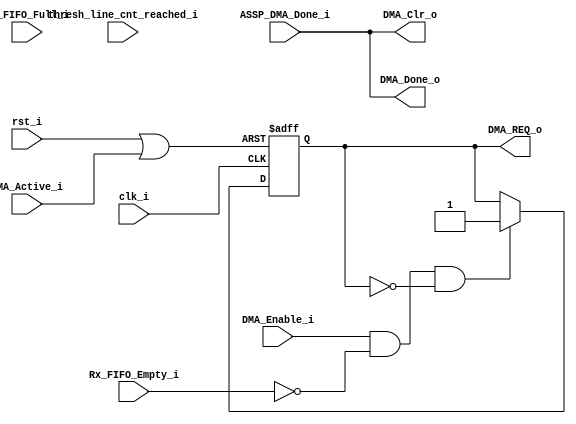
// -----------------------------------------------------------------------------
// title          : AL4S3B Fabric In VGA sample IP Module
// project        : Tamar2 Device
// -----------------------------------------------------------------------------
// company        : QuickLogic Corp
// last update    : 2017/11/08
// platform       : ArcticLink 4 S3B
// standard       : Verilog 2001
// -----------------------------------------------------------------------------
// description: 
// -----------------------------------------------------------------------------
// copyright (c) 2016
// -----------------------------------------------------------------------------
// revisions  :
// date            version    author         description
// 2017/11/08      1.0        Anand Wadke    Initial Release
// -----------------------------------------------------------------------------
// Comments: This solution is specifically for use with the QuickLogic
//           AL4S3B device. 
// -----------------------------------------------------------------------------
//

`timescale 1ns / 10ps
`define NOT_EMPTY_ASSP_CTRL_TRIG

module vga_rx_dma_ctrl ( 
            input  			clk_i	,
            input  			rst_i	,
			
			input           Rx_FIFO_Full_i,
			input           Rx_FIFO_Empty_i,
			//input    [10:0] Rx_FIFO_DAT_CNT_i,
			input           thresh_line_cnt_reached_i,
			
            input  			DMA_Active_i	,
			input           ASSP_DMA_Done_i,
            output 			DMA_Done_o	,
			output          DMA_Clr_o,
            input  			DMA_Enable_i	,
			output 			DMA_REQ_o  	 				
	

			);

reg     dma_req;  
reg     dma_active_i_1ff;
reg     dma_active_i_2ff;
reg     dma_active_i_3ff;

wire    ASSP_done_sample_rst;


assign  DMA_REQ_o = dma_req;

`ifdef NOT_EMPTY_ASSP_CTRL_TRIG
wire dma_reset;
assign dma_reset = rst_i | DMA_Active_i;
always @(posedge clk_i or posedge dma_reset) 
begin
    if (dma_reset)
    begin
        dma_req           <=  1'b0 ;
    end
    else 
    begin 
		if (DMA_Enable_i && ~Rx_FIFO_Empty_i && ~dma_req)
			dma_req           <=  1'b1;
		else 
			dma_req           <=  dma_req;
 	end	
end	

`else
always @(posedge clk_i or posedge rst_i) 
begin
    if (rst_i)
    begin
        dma_req           <=  1'b0 ;
    end
    else 
    begin  
		//if (DMA_Enable_i && (Rx_FIFO_Empty_i==1'b1|| Rx_FIFO_h_Empty_i==1'b1 ))
		if (DMA_Enable_i && (thresh_line_cnt_reached_i==1'b1))
			dma_req           <=  1'b1;
		else if (dma_active_i_3ff)
			dma_req           <=  1'b0;
		else 
			dma_req           <=  dma_req;
 	end
end 
`endif

always @(posedge clk_i or posedge rst_i) 
begin
    if (rst_i)
    begin
		dma_active_i_1ff	<=  1'b0;
		dma_active_i_2ff	<=  1'b0;
		dma_active_i_3ff	<=  1'b0;
    end
    else 
    begin  
		dma_active_i_1ff	<= DMA_Active_i;
		dma_active_i_2ff	<= dma_active_i_1ff;
		dma_active_i_3ff    <= dma_active_i_2ff;
 	end
end  

`ifdef NOT_EMPTY_ASSP_CTRL_TRIG
assign DMA_Clr_o   = ASSP_DMA_Done_i;
assign DMA_Done_o  = ASSP_DMA_Done_i;
`else
assign DMA_Clr_o  = ~dma_active_i_3ff & dma_active_i_2ff;
assign DMA_Done_o =  dma_active_i_3ff & ~dma_active_i_2ff;
`endif





endmodule